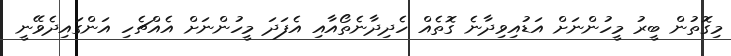
މިގޮތުން ބީރު މީހުންނަށް އަޑުއިވިދާނެ ގޮތެއް ހެދިދާނެތޯއާއި އެފަދަ މީހުންނަށް އެއްޗެހި އަންގައިދެވޭނީ